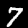
Label: 7